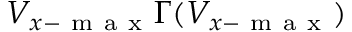
V _ { x - \mathrm { ~ m ~ a ~ x ~ } } \Gamma ( V _ { x - \mathrm { ~ m ~ a ~ x ~ } } )